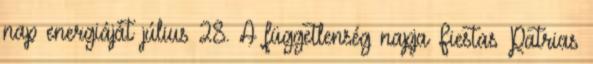
nap energiáját július 28. A függetlenség napja Fiestas Patrias